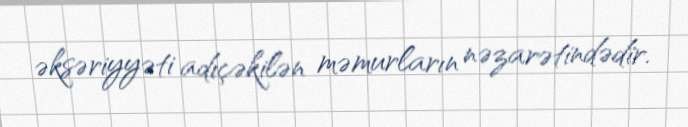
əksəriyyəti adıçəkilən məmurların nəzarətindədir.